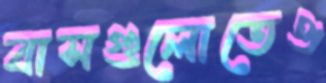
বাসগুলোতেও